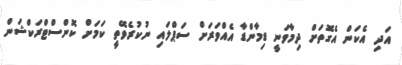
އަދި އެކަން އެގޮތަށް ދިމާވަނީ ޑިމާންޑާ އެއްވަރަށް ސަޕްލައި ނުކުރެވޭތީ ކަމަށް ކޮންސްޓްރަކްޝަން